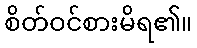
စိတ်ဝင်စားမိရ၏။